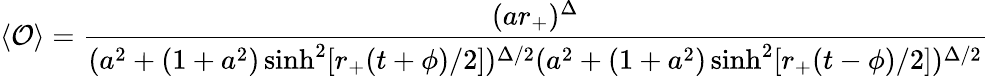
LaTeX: \langle{\cal O}\rangle={\frac{(ar_{+})^{\Delta}}{(a^{2}+(1+a^{2})\sinh^{2}[r_{+}(t+\phi)/2])^{\Delta/2}(a^{2}+(1+a^{2})\sinh^{2}[r_{+}(t-\phi)/2])^{\Delta/2}}}